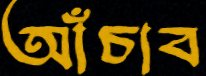
আঁচাব